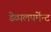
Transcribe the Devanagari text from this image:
डेव्पलपमेंन्ट